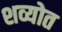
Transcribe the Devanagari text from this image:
शव्योत